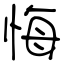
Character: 悔